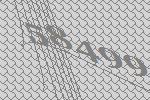
58499